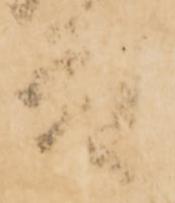
殿